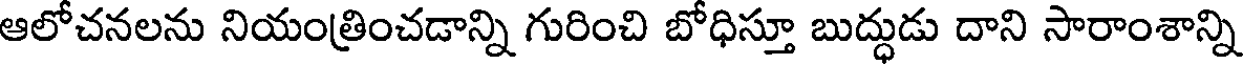
ఆలోచనలను నియంత్రించడాన్ని గురించి బోధిస్తూ బుద్ధుడు దాని సారాంశాన్ని